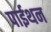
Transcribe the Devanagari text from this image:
पाईथन